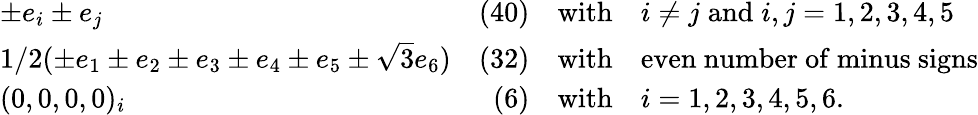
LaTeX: \begin{array}{lrcl}{{\pm e_{i}\pm e_{j}}}&{{(40)}}&{{\mathrm{with}}}&{{i\neq j\; \mathrm{and}\; i,j=1,2,3,4,5}}\\ {{1/2(\pm e_{1}\pm e_{2}\pm e_{3}\pm e_{4}\pm e_{5}\pm\sqrt{3}e_{6})}}&{{(32)}}&{{\mathrm{with}}}&{{\mathrm{even~number~of~minus~signs}}}\\ {{(0,0,0,0)_{i}}}&{{(6)}}&{{\mathrm{with}}}&{{i=1,2,3,4,5,6.}}\end{array}